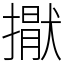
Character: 㩎